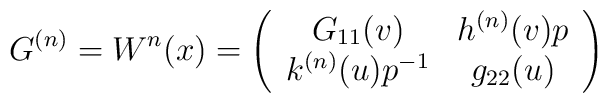
G^{(n)}=W^{n}(x)=\left(\begin{array}{cc}G_{11}(v) & h^{(n)}(v) p \\k^{(n)}(u)p^{-1} & g_{22}(u)\end{array} \right)